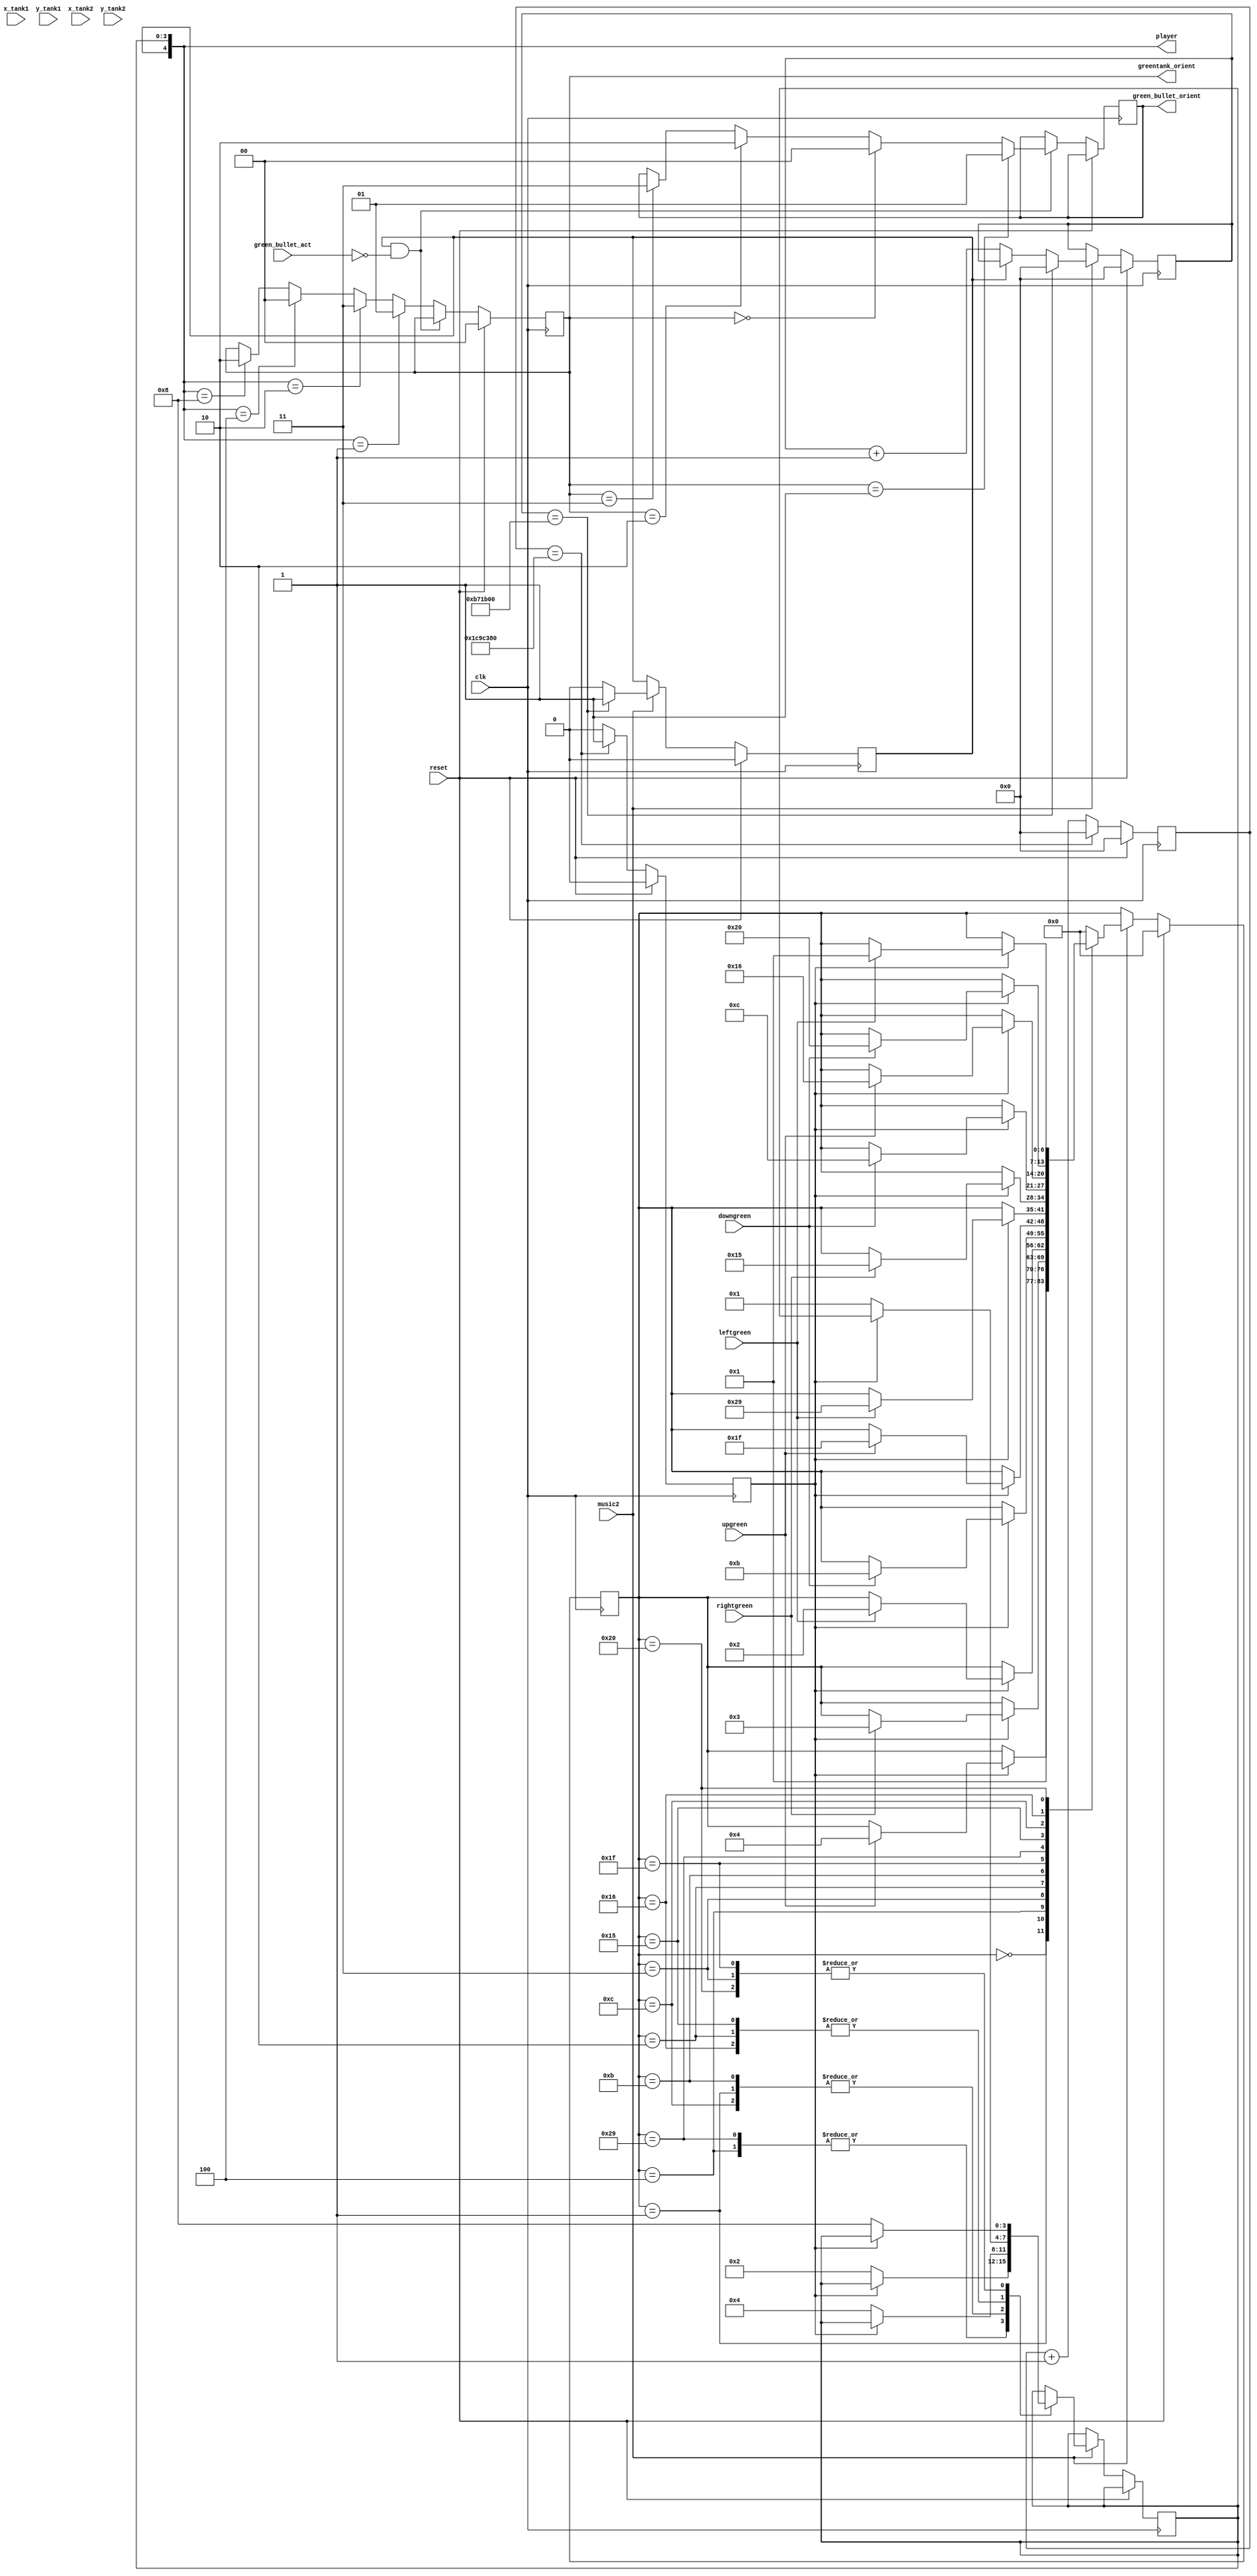
module automove2(clk,reset,player,x_tank1,y_tank1,x_tank2,y_tank2,green_bullet_orient,greentank_orient,upgreen,downgreen,rightgreen,leftgreen,green_bullet_act,music2);
input clk,reset;
input green_bullet_act;
output reg [4:0]player;
input [9:0]x_tank1,x_tank2;
input [8:0]y_tank1,y_tank2;
output reg [1:0] green_bullet_orient,greentank_orient;
input upgreen,downgreen,rightgreen,leftgreen;
input music2;
assign  ICON_UP     = 2'b00;                
assign  ICON_DOWN   = 2'b01;
assign  ICON_LEFT   = 2'b10;
assign  ICON_RIGHT  = 2'b11;
wire [1:0]ICON_UP,ICON_RIGHT,ICON_LEFT,ICON_DOWN;
parameter integer ready=0,GO_UP=1,GO_DOWN=2,GO_LEFT=3,GO_RIGHT=4,
								  GO_UP1=11,GO_DOWN1=21,GO_LEFT1=31,GO_RIGHT1=41,
								  GO_UP2=12,GO_DOWN2=22,GO_LEFT2=32,GO_RIGHT2=42,
								  GO_UP3=13,GO_DOWN3=23,GO_LEFT3=33,GO_RIGHT3=43,
								  GO_UP4=14,GO_DOWN4=24,GO_LEFT4=34,GO_RIGHT4=44,
								  GO_UP5=15,GO_DOWN5=25,GO_LEFT5=35,GO_RIGHT5=45,
								  UP_TO_ENEMY=46,LEFT_TO_ENEMY=47,RIGHT_TO_ENEMY=48,DOWN_TO_ENEMY=49;
reg [6:0]state;
parameter integer MOVE_CNT=30000000;
reg [27:0]move_count;
 reg move_change;
always@(posedge clk)begin
	if(reset)begin
		move_change<=1'b0;
		move_count<=1'b0;
		end
	else if(move_count==MOVE_CNT)begin
		move_change<=1'b1;
		move_count<=1'b0;
		end
	else begin 
		move_count<=move_count+1'd1;
		move_change<=1'b0;
	end
	
end
wire [3:0] DOWN,RIGHT,UP,LEFT,FIRE;
assign  DOWN    = 4'b0001;                 
assign  RIGHT   = 4'b0010;
assign  UP      = 4'b0100;
assign  LEFT    = 4'b1000;

always@(posedge clk)begin
	if(reset)
		state<=ready;
	
		else if (music2) begin
			case(state)
				ready:state<=GO_UP;
				GO_UP:begin
							if(move_change==1'b0)
								player[3:0]<=UP;
							else if (upgreen)
								state<=GO_RIGHT;
						end
				GO_RIGHT:begin
							if(move_change==1'b0)
								player[3:0]<=RIGHT;
							else if (rightgreen)
								state<=GO_LEFT;
						end
				GO_LEFT:begin
							if(move_change==1'b0)
								player[3:0]<=LEFT;
							else if (leftgreen)
								state<=GO_DOWN;
						  end
				GO_DOWN:begin
							if(move_change==1'b0)
								player[3:0]<=DOWN;
							else if (downgreen)
								state<=GO_UP1;
						  end
				GO_UP1:begin
							if(move_change==1'b0)
								player[3:0]<=UP;
							else if (upgreen)
								state<=GO_LEFT1;
						end
				GO_LEFT1:begin
							if(move_change==1'b0)
								player[3:0]<=LEFT;
							else if (leftgreen)
								state<=GO_RIGHT1;
						end
				GO_RIGHT1:begin
							if(move_change==1'b0)
								player[3:0]<=RIGHT;
							else if (rightgreen)
								state<=GO_DOWN1;
						end
				GO_DOWN1:begin
							if(move_change==1'b0)
								player[3:0]<=DOWN;
							else if (downgreen)
								state<=GO_UP2;
						end
				GO_UP2:begin
							if(move_change==1'b0)
								player[3:0]<=UP;
							else if (upgreen)
								state<=GO_DOWN2;
						  end
				GO_DOWN2:begin
							if(move_change==1'b0)
								player[3:0]<=DOWN;
							else if (downgreen)
								state<=GO_LEFT2;
						  end
				GO_LEFT2:begin
							if(move_change==1'b0)
								player[3:0]<=LEFT;
							else if (leftgreen)
								state<=GO_UP;
						  end
				default:state<=ready;
			endcase
		end
end
reg [27:0]fire_count;
parameter integer FIRE_CNT=12000000;
always@(posedge clk)begin
	if (reset)begin
		fire_count<=1'b0;
		player[4] <=1'b0;
		end
	else if (music2)begin
	 if (fire_count==FIRE_CNT)begin
		player[4]<=1'b1;
		fire_count<=1'b0;
		end
	else if (player[4]==1'b1)
		player[4]<=1'b0;
	else fire_count<=fire_count+1'd1;
	end
end
always@(posedge clk)begin
if (reset) greentank_orient <= ICON_UP;
    
    else if     (( player[4] == 1'd1)&&(green_bullet_act==1'b0))
        begin
            case (greentank_orient) 
                ICON_DOWN:    green_bullet_orient <= ICON_DOWN;    
               ICON_UP:        green_bullet_orient <= ICON_UP;
                ICON_LEFT:    green_bullet_orient <= ICON_LEFT;
                ICON_RIGHT:    green_bullet_orient <= ICON_RIGHT;
                default:green_bullet_orient <= green_bullet_orient;
            endcase
        end
    else
        begin
            case (player)
            DOWN: greentank_orient <= ICON_DOWN;
            RIGHT:  greentank_orient <= ICON_RIGHT;
            UP:     greentank_orient <= ICON_UP;
          LEFT:   greentank_orient <= ICON_LEFT;
            default: greentank_orient <= greentank_orient;
            endcase
       
        end
end

endmodule